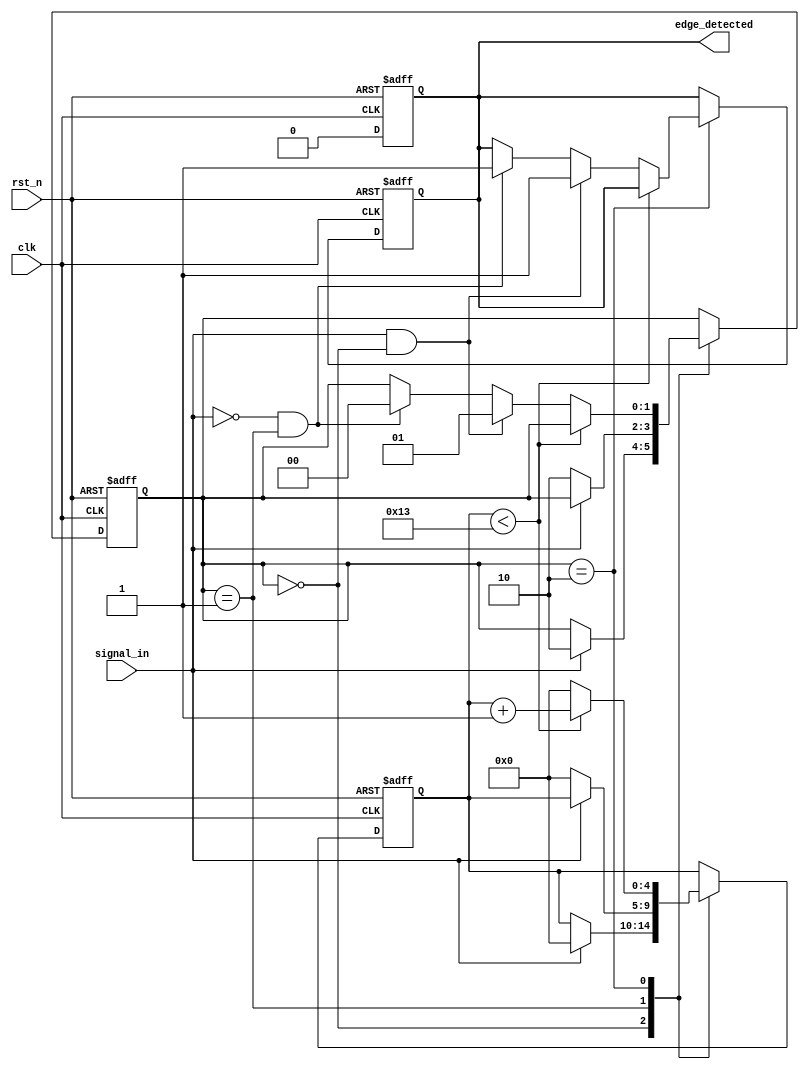
module debounced_edge_detector #(
    parameter DEBOUNCE_TIME = 20, // Debounce time in clock cycles
    parameter EDGE_TYPE = 2'b11    // 2'b00: rising edge, 2'b01: falling edge, 2'b10: both edges
)(
    input wire clk,                // Clock signal
    input wire rst_n,              // Active low reset signal
    input wire signal_in,          // Input signal to debounce
    output reg edge_detected       // Output pulse indicating edge detection
);

    // State registers
    reg [1:0] state, next_state;
    reg [4:0] debounce_counter;     // Counter for debounce timing
    reg signal_stable;               // Signal to hold stable state
    reg last_signal;                 // Last stable signal state

    // Debounce state machine
    localparam STABLE_LOW    = 2'b00;
    localparam STABLE_HIGH   = 2'b01;
    localparam DEBOUNCING    = 2'b10;

    // Edge detection logic
    always @(posedge clk or negedge rst_n) begin
        if (!rst_n) begin
            state <= STABLE_LOW;
            debounce_counter <= 0;
            edge_detected <= 0;
            last_signal <= 0;
        end else begin
            case (state)
                STABLE_LOW: begin
                    if (signal_in) begin
                        debounce_counter <= 0;
                        state <= DEBOUNCING;
                    end
                end

                STABLE_HIGH: begin
                    if (!signal_in) begin
                        debounce_counter <= 0;
                        state <= DEBOUNCING;
                    end
                end

                DEBOUNCING: begin
                    if (debounce_counter < DEBOUNCE_TIME - 1) begin
                        debounce_counter <= debounce_counter + 1;
                    end else begin
                        if (signal_in && state == STABLE_LOW) begin
                            state <= STABLE_HIGH;
                            edge_detected <= (EDGE_TYPE[0] || EDGE_TYPE[1]) ? 1 : 0; // Rising edge detected
                        end else if (!signal_in && state == STABLE_HIGH) begin
                            state <= STABLE_LOW;
                            edge_detected <= (EDGE_TYPE[1] || EDGE_TYPE[0]) ? 1 : 0; // Falling edge detected
                        end
                        debounce_counter <= 0; // Reset counter after stable state is reached
                    end
                end
            endcase
            last_signal <= (state == STABLE_HIGH) ? 1 : 0; // Update last signal state
        end
    end

    // Reset edge_detected after one clock cycle
    always @(posedge clk or negedge rst_n) begin
        if (!rst_n) begin
            edge_detected <= 0;
        end else if (edge_detected) begin
            edge_detected <= 0; // Clear the edge detected pulse
        end
    end

endmodule